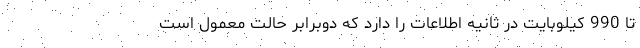
تا 990 کیلوبایت در ثانیه اطلاعات را دارد که دوبرابر حالت معمول است